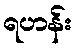
ရဟန်း